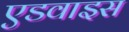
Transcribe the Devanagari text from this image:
एडवाइस